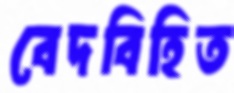
বেদবিহিত